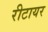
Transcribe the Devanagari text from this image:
रीटायर